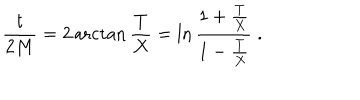
{ \frac { t } { 2 M } } = 2 \operatorname { a r c t a n } { \frac { T } { X } } = \ln \frac { 1 + { \frac { T } { X } } } { 1 - { \frac { T } { X } } } \; .